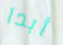
أبدآ